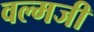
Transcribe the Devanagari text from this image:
वल्मजी